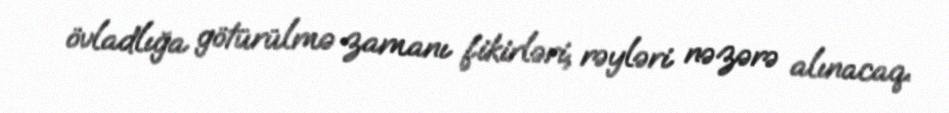
övladlığa götürülmə zamanı fikirləri, rəyləri nəzərə alınacaq.